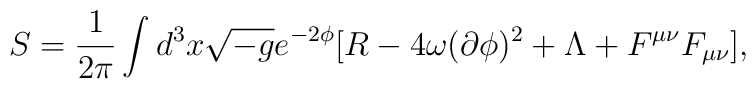
S=\frac{1}{2\pi} \int d^3x \sqrt{-g} e^{-2\phi}  {\bigl [} R - 4 \omega ( \partial \phi)^2           + \Lambda + F^{\mu \nu}F_{\mu \nu}  {\bigr ]},